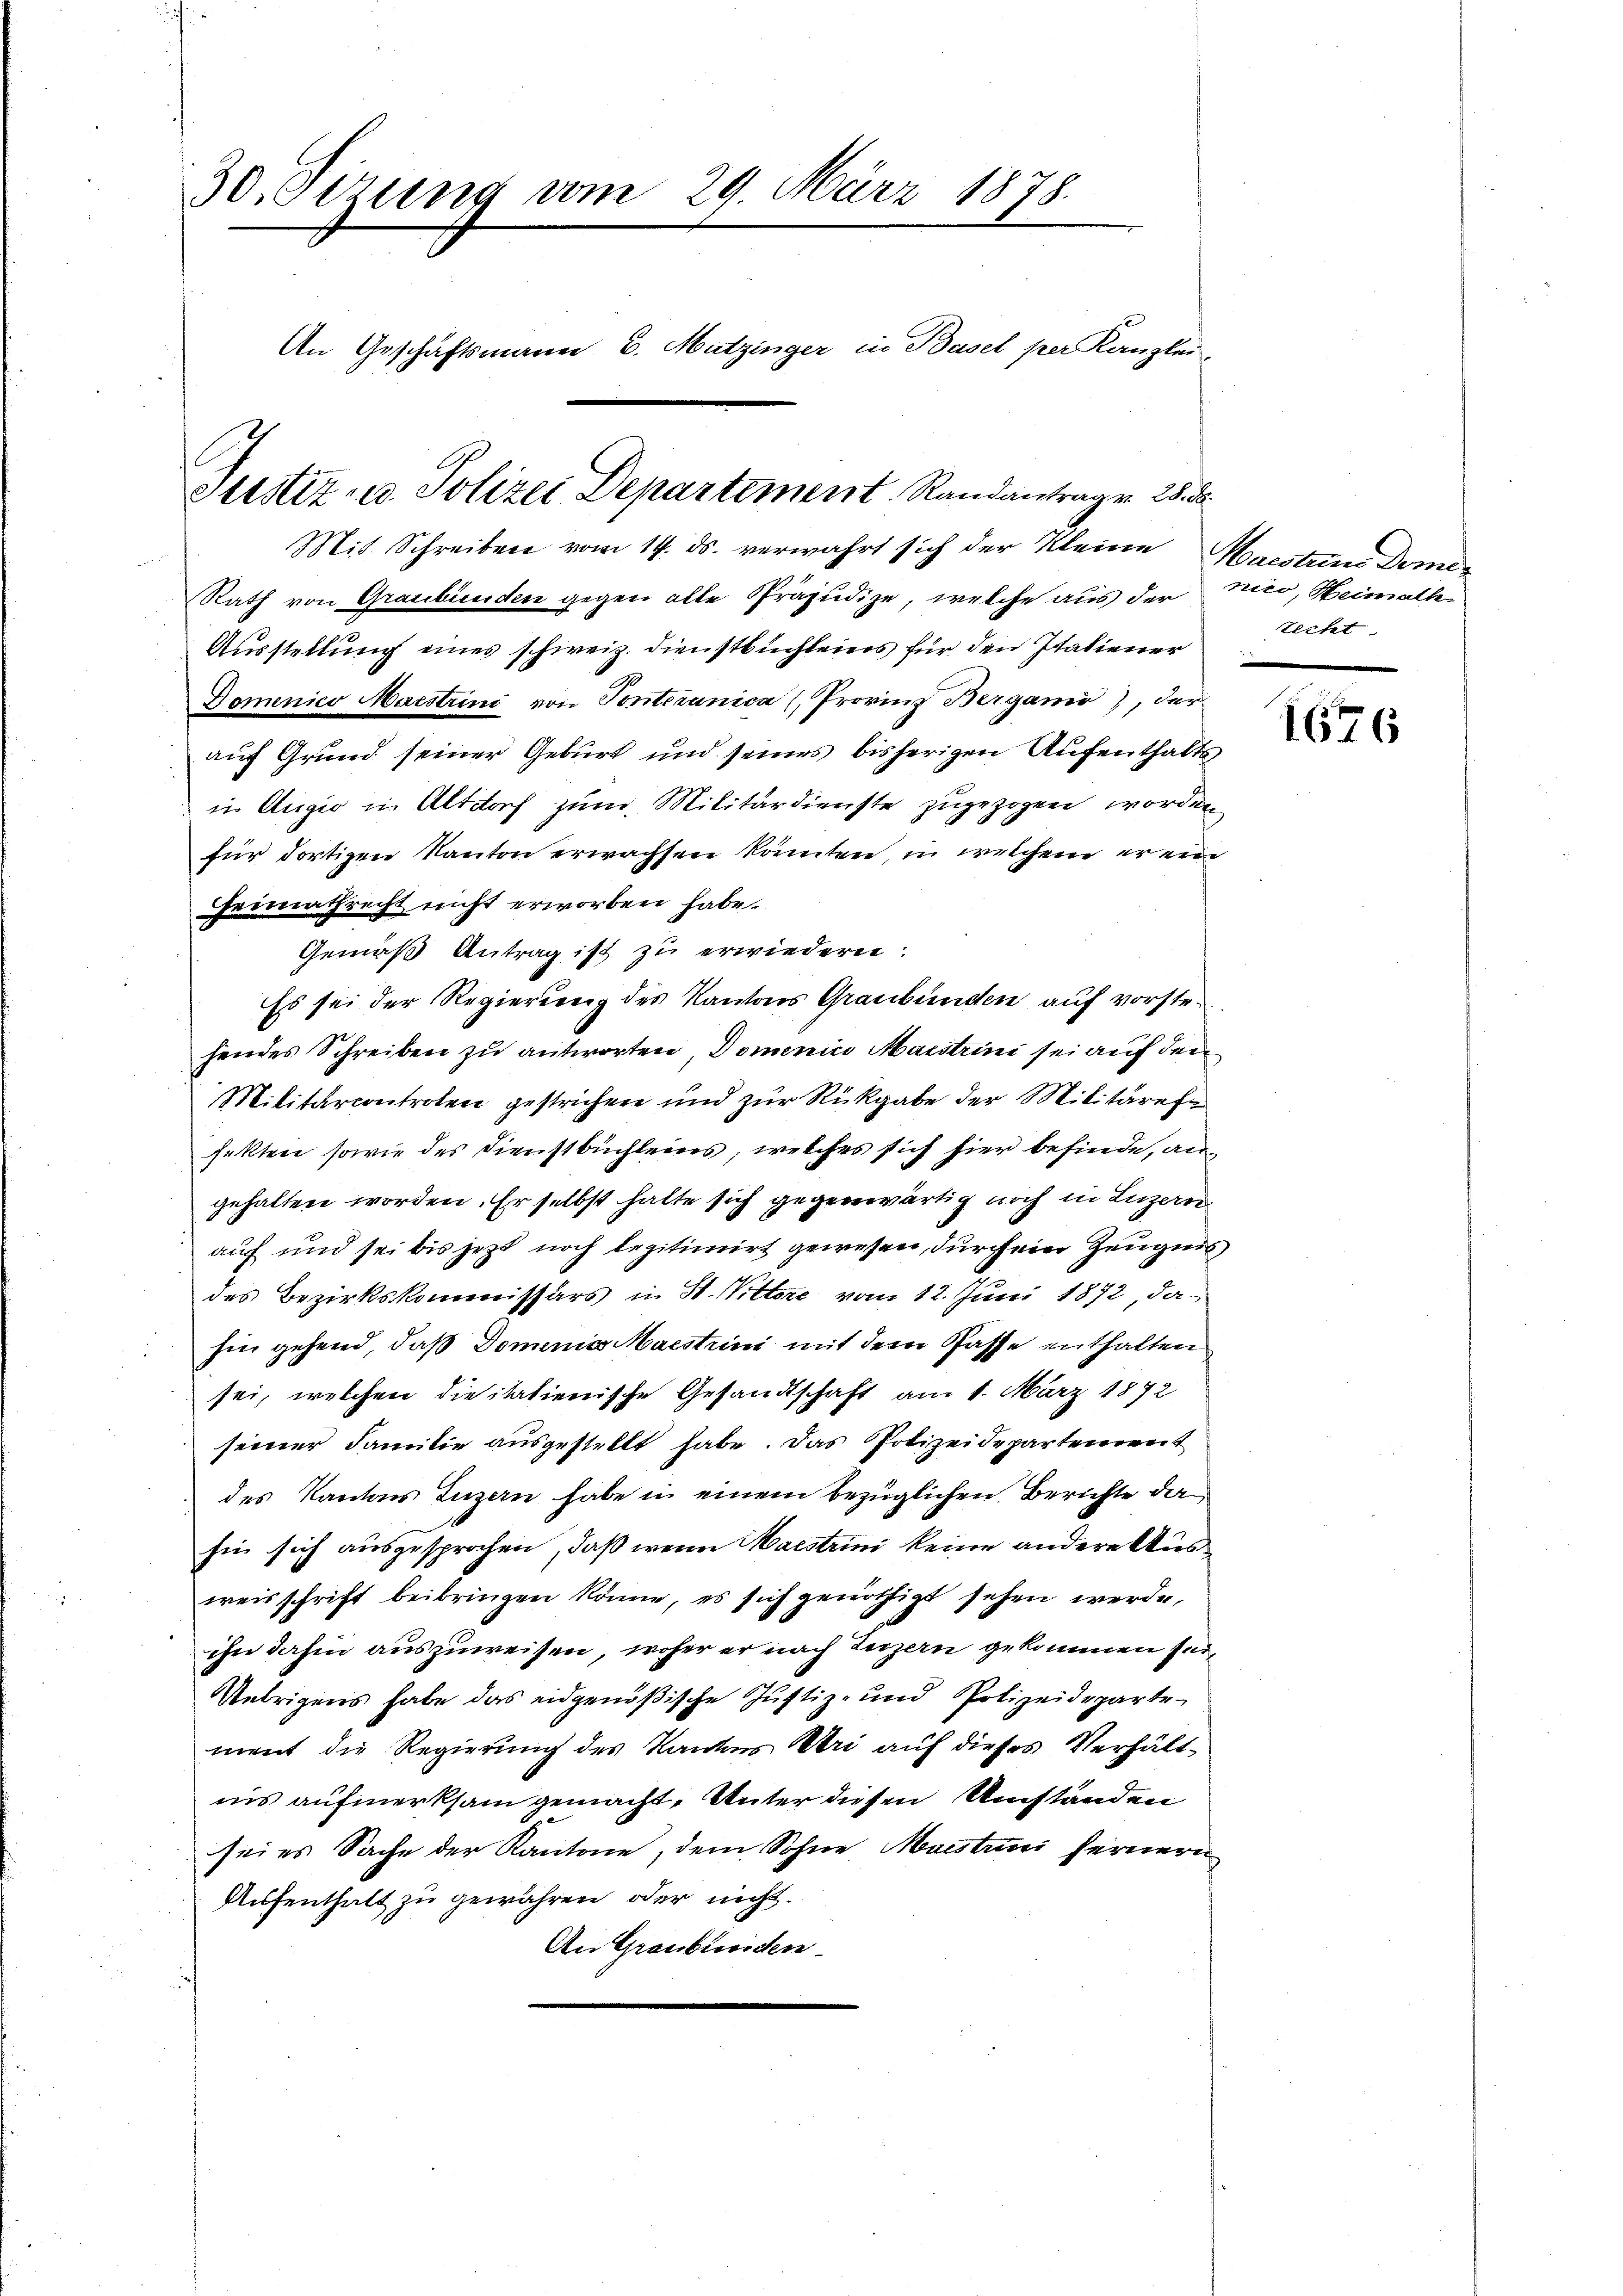
30. Sizung vom 29. März 1878.
An Geschäftsmann u. Matzinger in Basel per Kanzlei-

Justiz- u. Polizei Departement. Randantragen 28. d.
Mit Schreiben vom 14. ds. verwahrt sich der Kleine Haestine Domi¬

Rath von Graubünden gegen alle Präjudize, welche aus der Turo, Heimath¬
Ausstellung eines schweiz. Dienstbuchleins für den Italiener
Domenico Maistrini von Pontiranica (Provinz Bergamo), der
auf Grund seiner Geburt und seines bisherigen Aufenthalts
in Augio in Altdorf zum Militärdienste zugezogen worden
für dortigen Kanton erwachsen könnten, in welchem er ein
Heimathrecht nicht erworben habe.
Gemäß Antrag ist zu erwiedern:
Es sei der Regierung des Kantons Graubünden auf vorstehendes Schreiben zu antworten, Domenico Maistrini sei auf den
Militarcontrolen gestrichen und zur Rückgabe der Militärefe
fekten sowie des Dienstbuchleins, welches sich hier befinde, angehalten worden. Er selbst halte sich gegenwärtig noch in Luzern
auf und sei bis jetzt noch legitimirt gewesen, durch ein Zeugnis
des Bezirkskommissärs in St. Vittore vom 12. Juni 1872, dahin gehend, daß Domenico Maestrini mit dem Pässe enthalten
sei, welchen die italienische Gesandtschaft am 1. März 1872
seiner Familie ausgestellt habe. Das Polizeidepartement
des Kantons Luzern habe in einem bezüglichen Berichte dasie sich ausgesprochen, daß wenn Maistrini keine andere Ausweisschrift beibringen könne, es sich genöthigt sehen werde,
ihn dahin auszuweisen, woher er nach Luzern gekommen sei¬
Uebrigens habe das eidgenößische Justiz- und Polizeidepartement die Regierung des Kantons Uri auf dieses Verhältins aufmerksam gemacht, Unter diesen Umständen
sei es Sache der Kantone, dem Sohne Maistrin fernern
Aufenthalt zu gewähren, oder nicht.
An Graubünden

techt

1676